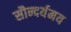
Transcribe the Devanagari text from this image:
सौन्दर्यमय